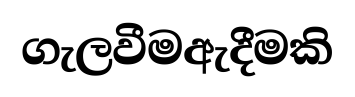
ගැලවීමඇදීමකි